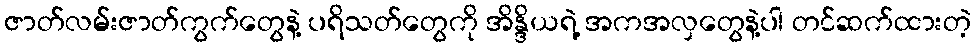
ဇာတ်လမ်းဇာတ်ကွက်တွေနဲ့ ပရိသတ်တွေကို အိန္ဒိယရဲ့ အကအလှတွေနဲ့ပါ တင်ဆက်ထားတဲ့